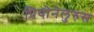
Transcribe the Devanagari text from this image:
प्रियोनेलुरुस